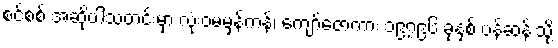
စင်စစ် အဆိုပါသတင်းမှာ လုံးဝမမှန်ကန်၊ ကျော်ဇောကား ၁၉၇၉၆ ခုနှစ် ပန်ဆန်းသို့